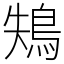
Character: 鴩